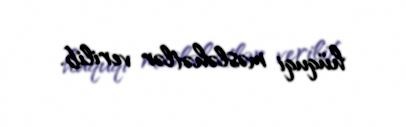
hüquqi məsləhətlər verilib.